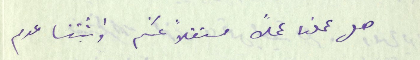
هل عملنا عملاً مستقلاً عنكم واثبتنا عدم